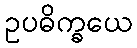
ဥပဓိက္ခယေ